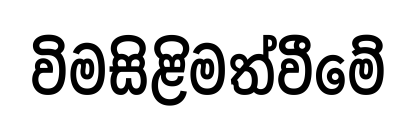
විමසිළිමත්වීමේ